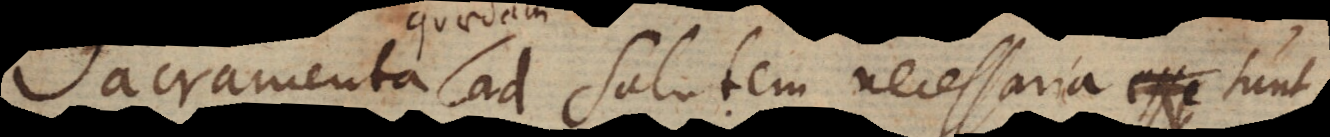
Sacramenta ad salutem necessaria sun